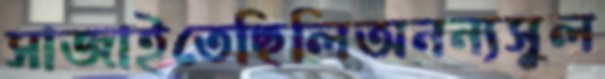
সাজাইতেছিলিঅনন্যসুল